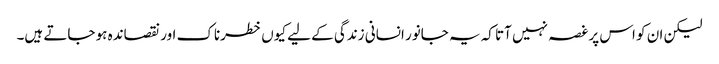
لیکن ان کو اس پر غصہ نہیں آتا کہ یہ جانور انسانی زندگی کے لیے کیوں خطرناک اور نقصاندہ ہو جاتے ہیں۔